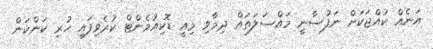
އަނެއް ކުއްޖަކަށް ނަފުސާނީ މައްސަލަތައް ދިމާވި މިއީ ޑޮކިއުމެންޓް ކުރެވިފައި ހުރި ކަންކަން